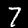
Digit: 7